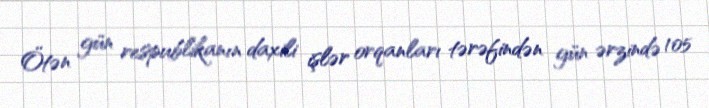
Ötən gün respublikanın daxili işlər orqanları tərəfindən gün ərzində 105